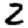
Digit: 2